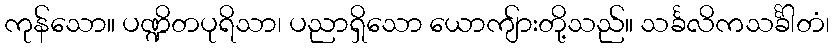
ကုန်သော။ ပဏ္ဍိတပုရိသာ၊ ပညာရှိသော ယောကျ်ားတို့သည်။ သင်္ခလိကသင်္ခါတံ၊